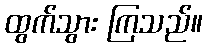
ထွက်သွား ကြသည်။